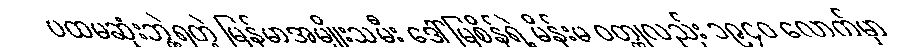
ပထမဆုံးဘွဲ့ရတဲ့ မြန်မာအမျိုးသမီး ဒေါ်မြစိန်ရဲ့ မိန်းမ ဝတ္ထုလည်း ၁၉၄၀ လောက်မှာ